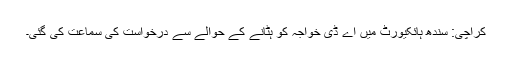
کراچی: سندھ ہائکیورٹ میں اے ڈی خواجہ کو ہٹانے کے حوالے سے درخواست کی سماعت کی گئی۔